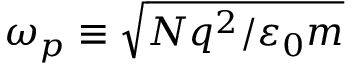
\omega _ { p } \equiv \sqrt { N q ^ { 2 } / \varepsilon _ { 0 } m }